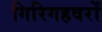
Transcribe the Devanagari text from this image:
गिरिगहवरों